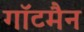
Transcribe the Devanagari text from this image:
गॉटमैन